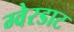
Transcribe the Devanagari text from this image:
ग्वेरडाट